Civil Veterinary Department Bengal reports 1933-51 - 1933-1951
Year: 1933
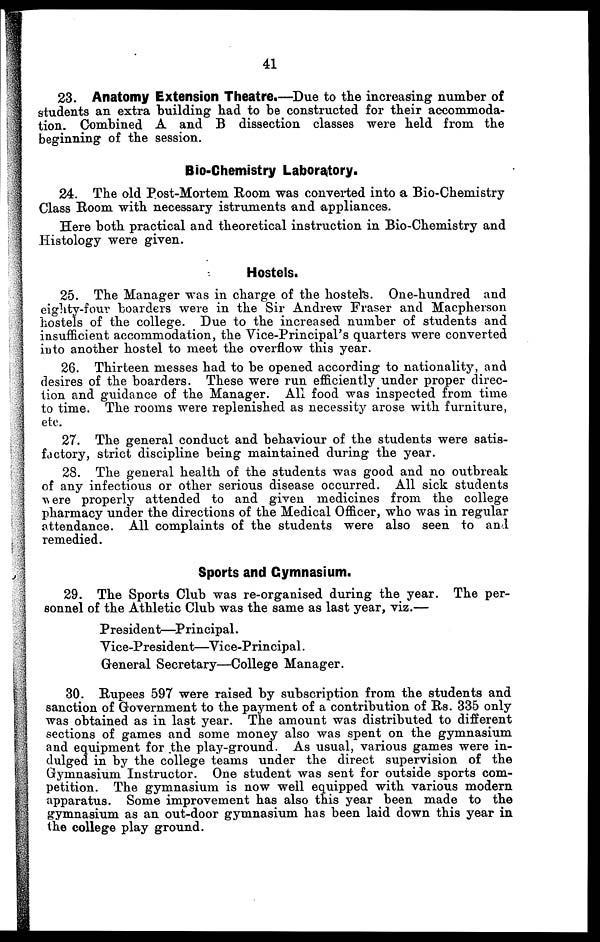
41
23. Anatomy Extension Theatre.—Due to the increasing number of
students an extra building had to be constructed for their accommoda-
tion. Combined A and B dissection classes were held from the
beginning of the session.
Bio-Chemistry Laboratory.
24. The old Post-Mortem Room was converted into a Bio-Chemistry
Class Room with necessary istruments and appliances.
Here both practical and theoretical instruction in Bio-Chemistry and
Histology were given.
Hostels.
25. The Manager was in charge of the hostels. One-hundred and
eighty-four boarders were in the Sir Andrew Fraser and Macpherson
hostels of the college. Due to the increased number of students and
insufficient accommodation, the Vice-Principal's quarters were converted
into another hostel to meet the overflow this year.
26. Thirteen messes had to be opened according to nationality, and
desires of the boarders. These were run efficiently under proper direc-
tion and guidance of the Manager. All food was inspected from time
to time. The rooms were replenished as necessity arose with furniture,
etc.
27. The general conduct and behaviour of the students were satis-
factory, strict discipline being maintained during the year.
28. The general health of the students was good and no outbreak
of any infectious or other serious disease occurred. All sick students
were properly attended to and given medicines from the college
pharmacy under the directions of the Medical Officer, who was in regular
attendance. All complaints of the students were also seen to and
remedied.
Sports and Gymnasium.
29. The Sports Club was re-organised during the year. The per-
sonnel of the Athletic Club was the same as last year, viz.—
President—Principal.
Vice-President—Vice-Principal.
General Secretary—College Manager.
30. Rupees 597 were raised by subscription from the students and
sanction of Government to the payment of a contribution of Rs. 335 only
was obtained as in last year. The amount was distributed to different
sections of games and some money also was spent on the gymnasium
and equipment for the play-ground. As usual, various games were in-
dulged in by the college teams under the direct supervision of the
Gymnasium Instructor. One student was sent for outside sports com-
petition. The gymnasium is now well equipped with various modern
apparatus. Some improvement has also this year been made to the
gymnasium as an out-door gymnasium has been laid down this year in
the college play ground.